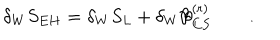
LaTeX: \delta _ { W } S _ { E H } = \delta _ { W } S _ { L } + \delta _ { W } { \cal B } _ { C S } ^ { ( r ) } \qquad .